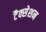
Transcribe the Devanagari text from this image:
टैक्सेशन